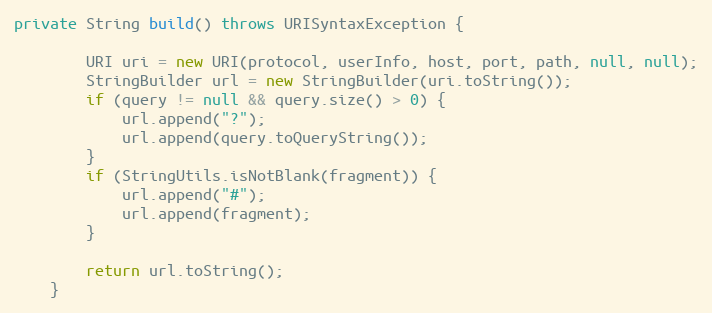
Language: Java
private String build() throws URISyntaxException {

        URI uri = new URI(protocol, userInfo, host, port, path, null, null);
        StringBuilder url = new StringBuilder(uri.toString());
        if (query != null && query.size() > 0) {
            url.append("?");
            url.append(query.toQueryString());
        }
        if (StringUtils.isNotBlank(fragment)) {
            url.append("#");
            url.append(fragment);
        }

        return url.toString();
    }